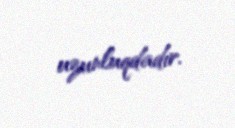
uzunluqdadır.